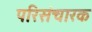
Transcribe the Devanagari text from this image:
परिसंचारक